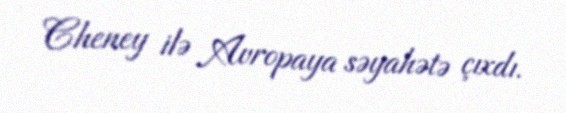
Cheney ilə Avropaya səyahətə çıxdı.